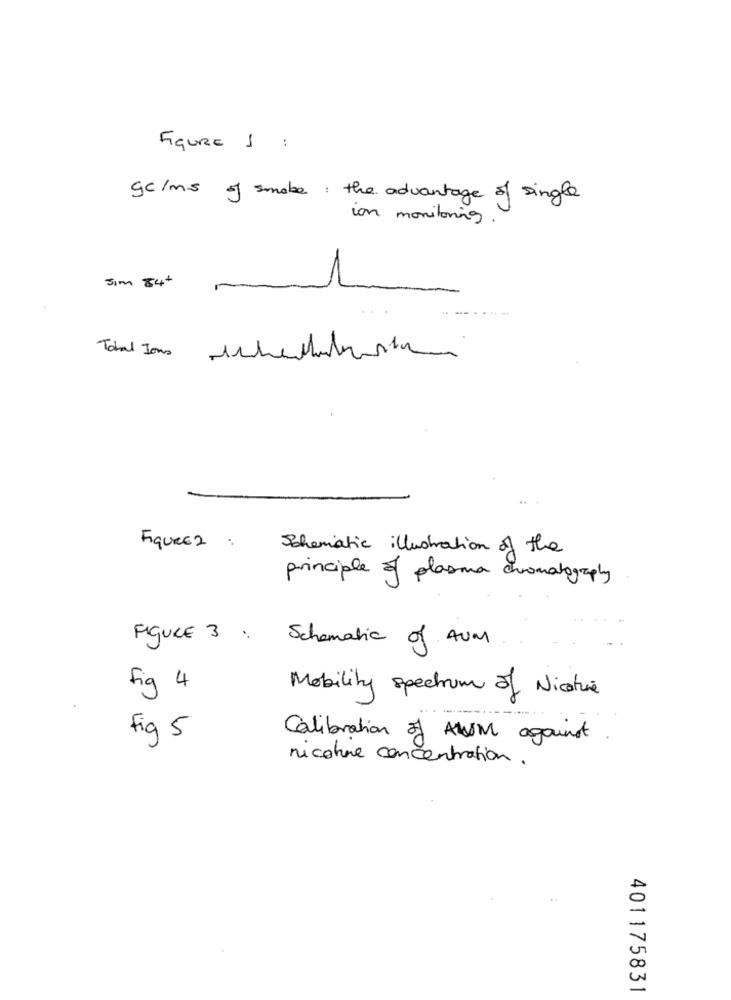
Figure 1 :
gc/ms of smoke: the advantage of single
ion monitoring
Jim 84+
FIGURE 2 :
Schematic illustration of the
principle of plasma chromatography
FIGURE 3 :
Schematic of AUM
fig 4
Mobility spectrum of Nicetue
Fig 5
Calibration of AUM against
nicotine concentration.
401175831